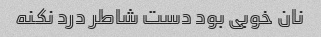
نان خوبی بود دست شاطر درد نکنه